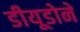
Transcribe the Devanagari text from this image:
डीयूडोने